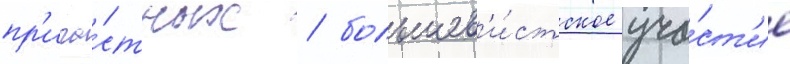
пр'ича́стных / большев'и́стское уча́ст'ие